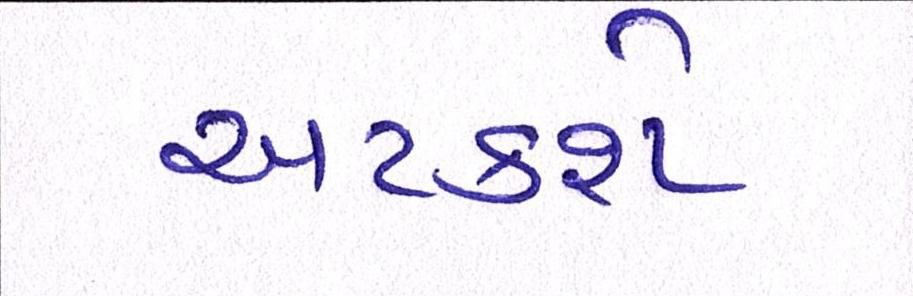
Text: અટકશે